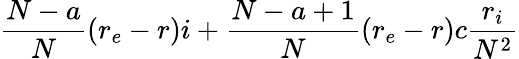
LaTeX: \frac{N-a}{N}(r_{e}-r)i+\frac{N-a+1}{N}(r_{e}-r)c\frac{r_{i}}{N^{2}}